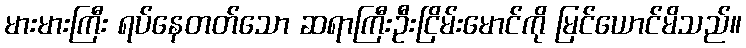
မားမားကြီး ရပ်နေတတ်သော ဆရာကြီးဦးငြိမ်းမောင်ကို မြင်ယောင်မိသည်။